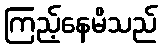
ကြည့်နေမိသည်